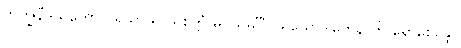
ဘိက္ခုနီဒူသကော ပုရိသာဓိပ္ပါယစိတ္တံ မဂ္ဂသမင်္ဂီ ပရိယောဒါတေနာတိ ရောစေန္တော